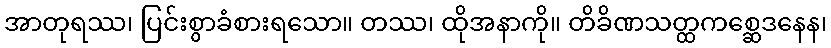
အာတုရဿ၊ ပြင်းစွာခံစားရသော။ တဿ၊ ထိုအနာကို။ တိခိဏသတ္ထကစ္ဆေဒနေန၊